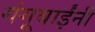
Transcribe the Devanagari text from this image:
गंगूबाईंनी